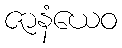
ဇာနံယေဝ